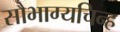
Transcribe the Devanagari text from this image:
सौभाग्यचिन्ह